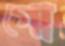
গো